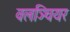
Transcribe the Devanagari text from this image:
वलञ्चियर